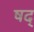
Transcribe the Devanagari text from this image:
षद्